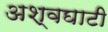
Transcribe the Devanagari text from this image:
अश्वघाटी